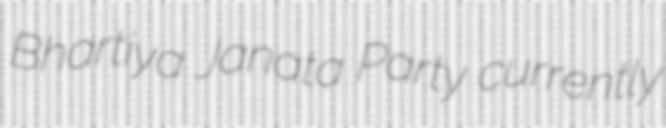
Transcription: Bhartiya Janata Party currently